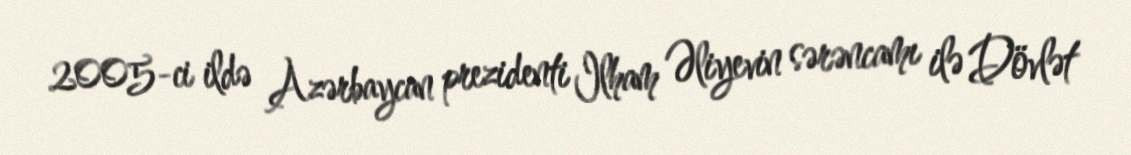
2005-ci ildə Azərbaycan prezidenti Ilham Əliyevin sərəncamı ilə Dövlət